Annual report of the Civil Veterinary Department, Bengal, for the year 1897-98 - 1897-1898
Year: 1897
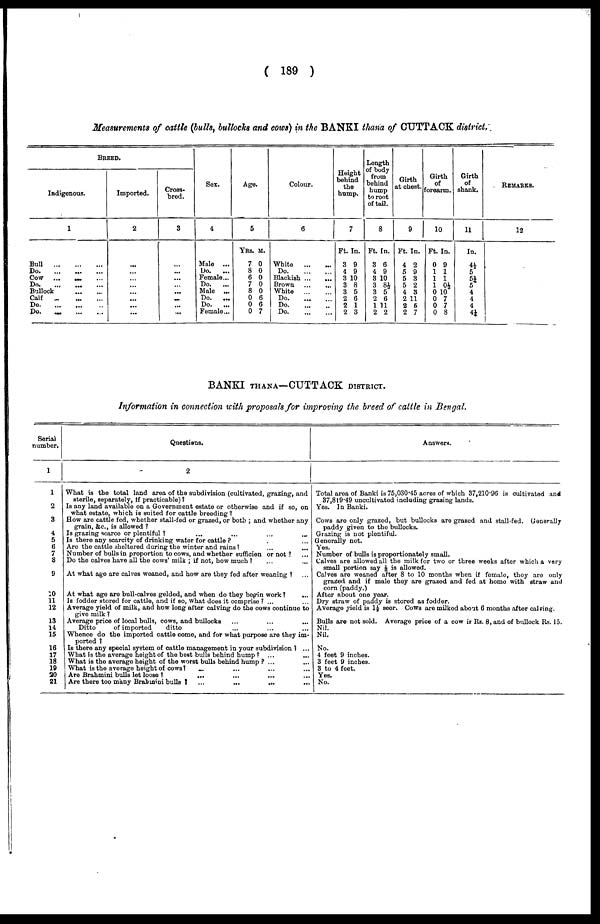
( 189 )
Measurements of cattle (bulls, bullocks and cows) in the BANKI thana of CUTTACK district.
BREED.
Indigenous.
1
Bull
...
...
...
Do.
...
...
...
Cow ... ... ...
Do.
...
...
...
Bullock
...
...
Calf
...
...
...
Do.
...
...
...
Do.
... ... ...
Imported.
2
...
...
...
...
...
...
...
...
Cross-
bred.
3
Sex.
4
Male ...
Do.
...
Female...
Do.
...
Male ...
Do.
...
Do.
...
Female...
Age.
5
YRS.
7
8
6
7
8
0
0
0
M.
0
0
0
0
0
6
6
7
Colour.
6
White
...
...
Do.
...
...
Blackish ...
...
Brown ... ...
White
...
...
Do.
...
...
Do.
...
...
Do.
...
...
Height
behind
the
hump.
7
Ft.
3
4
3
3
3
2
2
2
In.
9
9
10
8
5
6
1
3
Length
of body
from
behind
hump
to root
of tail.
8
Ft.
3
4
3
3
3
2
1
2
In.
6
9
10
8½
5
6
11
2
Girth
at chest.
9
Ft.
4
5
5
5
4
2
2
2
In.
2
9
3
2
3
11
5
7
Girth
of
forearm.
10
Ft.
0
1
1
1
0
0
0
0
In.
9
1
1
0½
10
7
7
8
Girth
of
shank.
11
In.
4½
5
5¼
5
4
4
4
4¼
REMARKS.
12
BANKI THANA—CUTTACK DISTRICT.
Information in connection with proposals for improving the breed of cattle in Bengal.
Serial
number.
1
1
2
3
4
5
6
7
8
9
10
11
12
13
14
15
16
17
18
19
20
21
Questions.
2
What is the total land area of the subdivision (cultivated, grazing, and
sterile, separately, If practicable) ?
Is any land available on a Government estate or otherwise and if so, on
what estate, which is suited for cattle breeding?
How are cattle fed, whether stall-fed or grazed, or both ; and whether any
grain, &c, is allowed ?
Is grazing scarce or plentiful ? ... ... ...
Is there any scarcity of drinking water for cattle ? . . ...
Are the cattle sheltered during the winter and rains? ... ...
Number of bulls in proportion to cows, and whether sufficien or not ? ...
Do the calves have all the cows' milk ; if not, bow much ? ... ...
At what age are calves weaned, and how are they fed after weaning ? ...
At what age are bull-calves gelded, and when do they begin work ? ...
Is fodder stored for cattle, and if so, what does it comprise ? ... ...
Average yield of milk, and how long after calving do the cows continue to
give milk ?
Average price of local bulls, cows, and bullocks ... ... ...
Ditto
of imported
ditto ... ... ...
Whence do the imported cattle come, and for what purpose are they im-
ported ?
Is there any special system of cattle management in your subdivision ? ...
What is the average height of the best bulls behind hump ? ... ...
What is the average height of the worst bulls behind hump ? ... ...
What is the average height of cows? ... ... ... ...
Are Brahmini bulls let loos? ... ... ...
Are there too many Brabmini bulls
?
...
...
...
...
Answers.
Total area of Banki is 75,030.45 acres of which 37,210.96 is cultivated and
37,819.49 uncultivated including grazing lands.
Yes. In Banki.
Cows are only grazed, but bullocks are grazed and stall-fed. Generally
paddy given to the bullocks.
Grazing is not plentiful.
Generally not.
Yes.
Number of bulls is proportionately small.
Calves are allowed all the milk for two or three weeks after which a very
small portion say1/8 is allowed.
Calves are weaned after 8 to 10 months when if female, they are only
grazed and if male they are grazed and fed at homo with straw and
corn (paddy.)
After about one year.
Dry straw of paddy is stored as fodder.
Average yield is 1½ seer. Cows are milked about 6 months after calving.
Bulls are not sold. Average price of a cow is Rs. 8, and of bullock Rs. 15.
Nil.
Nil.
No.
4 feet 9 inches.
3 feet 9 inches.
3 to 4 feet.
Yes.
No.